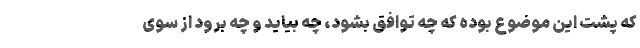
که پشت این موضوع بوده که چه توافق بشود، چه بیاید و چه برود از سوی